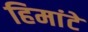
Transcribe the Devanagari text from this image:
हिमांटे